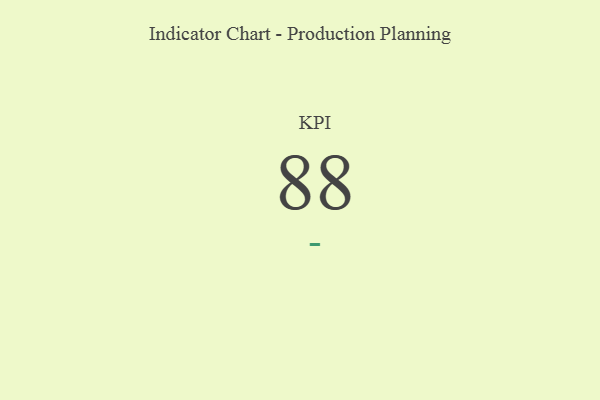
{"axis": {"x": "KPI", "y": "Value"}, "legend": [""], "data": [{"x": "KPI", "y": 88, "type": ""}]}